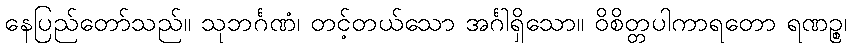
နေပြည်တော်သည်။ သုဘင်္ဂဏံ၊ တင့်တယ်သော အင်္ဂါရှိသော။ ဝိစိတ္တပါကာရတော ရဏဉ္စ၊